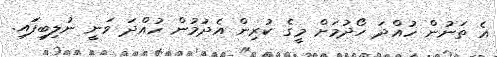
އެ ތަނުން ހުއްދަ ހޯދުމަށް މީގެ ކުރިން އެދުމުން ހުއްދަ ވަނީ ނުލިބިފަައި.